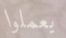
يعملوا